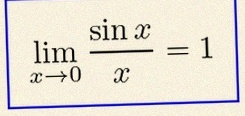
\lim_{x\to0}\frac{\sin x}{x}=1